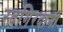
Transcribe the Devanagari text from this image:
रदगिरदानी